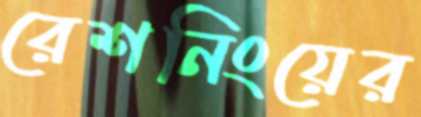
রেশনিংয়ের